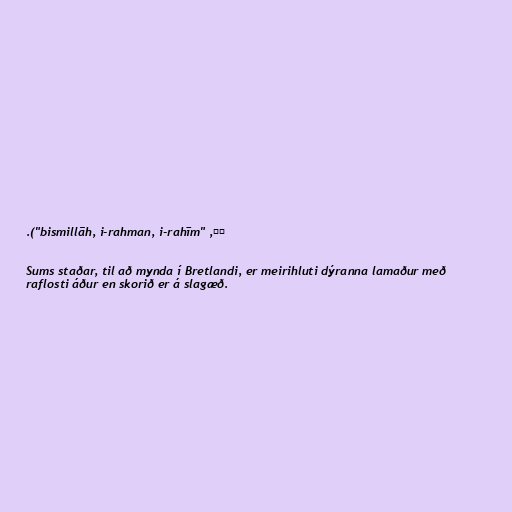
مِ, "bismillāh, i-rahman, i-rahīm").

Sums staðar, til að mynda í Bretlandi, er meirihluti dýranna lamaður með
raflosti áður en skorið er á slagæð.